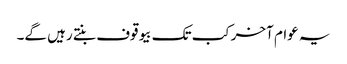
یہ عوام آخرکب تک بیوقوف بنتے رہیں گے۔